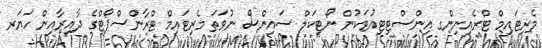
މެރިޓައިމް ޓްރެއިނިންގ އިންސްޓިޓިއުޓަކުން ނޯޓިކަލް ސައިންސް ނުވަތަ މެރިޓައިމް ޓްރާންސްޕޯޓްގެ ދާއިރާއިން ހަޔަރ